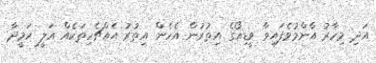
އަދި މިހާރު އާންމުވެފައިވާ ވީޑިއޯގެ އިތުރުން އެހެން އިތުރު އެއްޗެހިތަކެއް އަލީ ހަމީދާ